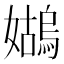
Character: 𪦭